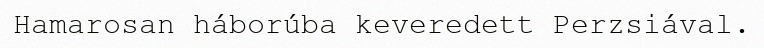
Hamarosan háborúba keveredett Perzsiával.